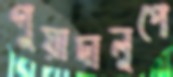
গুয়াদালুপে